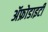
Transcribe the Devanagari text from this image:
ॲफ्रोडाइटी